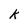
Character: k